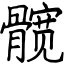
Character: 髋